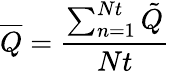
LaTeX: \overline{{Q}}=\frac{\sum_{n=1}^{Nt}\tilde{Q}}{Nt}